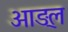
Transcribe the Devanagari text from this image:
आङ्ल